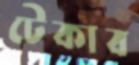
টেকাব